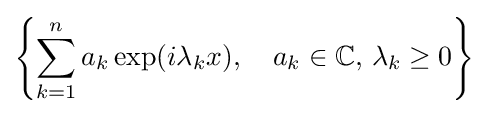
\left\{\sum _{k=1}^{n}a_{k}\exp(i\lambda _{k}x),\quad a_{k}\in \mathbb {C} ,\,\lambda _{k}\geq 0\right\}